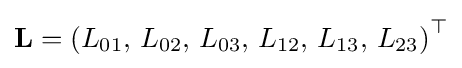
\mathbf {L} =\left(L_{01},\,L_{02},\,L_{03},\,L_{12},\,L_{13},\,L_{23}\right)^{\top }